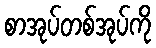
စာအုပ်တစ်အုပ်ကို